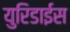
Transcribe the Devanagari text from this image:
युरिडाईस